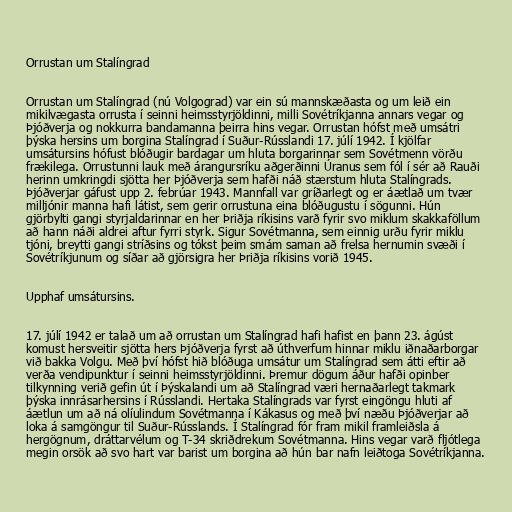
Orrustan um Stalíngrad

Orrustan um Stalíngrad (nú Volgograd) var ein sú mannskæðasta og um leið ein
mikilvægasta orrusta í seinni heimsstyrjöldinni, milli Sovétríkjanna annars vegar og
Þjóðverja og nokkurra bandamanna þeirra hins vegar. Orrustan hófst með umsátri
þýska hersins um borgina Stalíngrad í Suður-Rússlandi 17. júlí 1942. Í kjölfar
umsátursins hófust blóðugir bardagar um hluta borgarinnar sem Sovétmenn vörðu
frækilega. Orrustunni lauk með árangursríku aðgerðinni Úranus sem fól í sér að Rauði
herinn umkringdi sjötta her Þjóðverja sem hafði náð stærstum hluta Stalíngrads.
Þjóðverjar gáfust upp 2. febrúar 1943. Mannfall var gríðarlegt og er áætlað um tvær
milljónir manna hafi látist, sem gerir orrustuna eina blóðugustu í sögunni. Hún
gjörbylti gangi styrjaldarinnar en her Þriðja ríkisins varð fyrir svo miklum skakkaföllum
að hann náði aldrei aftur fyrri styrk. Sigur Sovétmanna, sem einnig urðu fyrir miklu
tjóni, breytti gangi stríðsins og tókst þeim smám saman að frelsa hernumin svæði í
Sovétríkjunum og síðar að gjörsigra her Þriðja ríkisins vorið 1945.

Upphaf umsátursins.

17. júlí 1942 er talað um að orrustan um Stalíngrad hafi hafist en þann 23. ágúst
komust hersveitir sjötta hers Þjóðverja fyrst að úthverfum hinnar miklu iðnaðarborgar
við bakka Volgu. Með því hófst hið blóðuga umsátur um Stalíngrad sem átti eftir að
verða vendipunktur í seinni heimsstyrjöldinni. Þremur dögum áður hafði opinber
tilkynning verið gefin út í Þýskalandi um að Stalíngrad væri hernaðarlegt takmark
þýska innrásarhersins í Rússlandi. Hertaka Stalíngrads var fyrst eingöngu hluti af
áætlun um að ná olíulindum Sovétmanna í Kákasus og með því næðu Þjóðverjar að
loka á samgöngur til Suður-Rússlands. Í Stalíngrad fór fram mikil framleiðsla á
hergögnum, dráttarvélum og T-34 skriðdrekum Sovétmanna. Hins vegar varð fljótlega
megin orsök að svo hart var barist um borgina að hún bar nafn leiðtoga Sovétríkjanna.